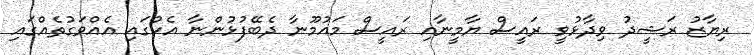
ރިޔާޒު ރަޝީދު ވިދާޅުވީ ރައީސް ޔާމީނާއި ރައީސް މައުމޫނާ ދެބޭފުޅުންނާ އެކުގައި އެއްވަގުތެއްގައި